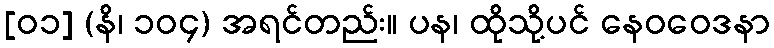
[၀၁] (နိ၊ ၁၀၄) အရင်တည်း။ ပန၊ ထိုသို့ပင် နေဝဝေဒနာ